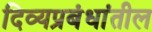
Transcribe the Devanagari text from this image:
दिव्यप्रबंधांतील